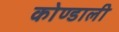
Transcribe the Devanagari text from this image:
कोण्डाली